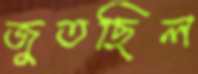
জুতছিল